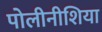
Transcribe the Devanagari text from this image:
पोलीनीशिया